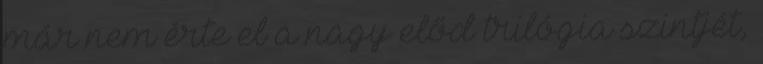
már nem érte el a nagy előd trilógia szintjét,